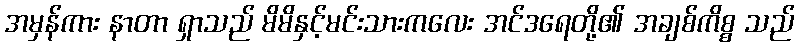
အမှန်ကား နာတာ ရှာသည် မိမိနှင့်မင်းသားကလေး အင်ဒရေတို့၏ အချစ်ကိစ္စ သည်